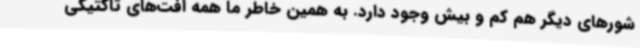
شورهای دیگر هم کم و بیش وجود دارد. به همین خاطر ما همه افت‌های تاکتیکی